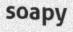
soapy